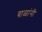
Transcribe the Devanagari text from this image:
बाळांनी